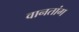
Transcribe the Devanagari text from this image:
वानतांग